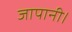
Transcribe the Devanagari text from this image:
जापानी।